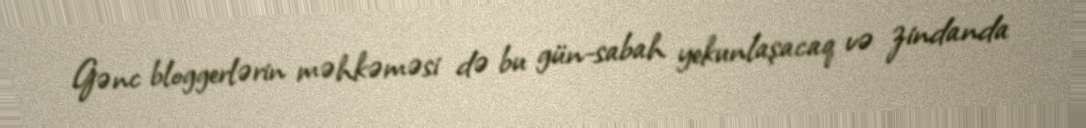
Gənc bloggerlərin məhkəməsi də bu gün-sabah yekunlaşacaq və zindanda